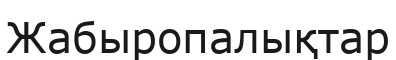
Жабыропалықтар